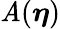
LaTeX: \mathit{A}({\boldsymbol{\eta}})